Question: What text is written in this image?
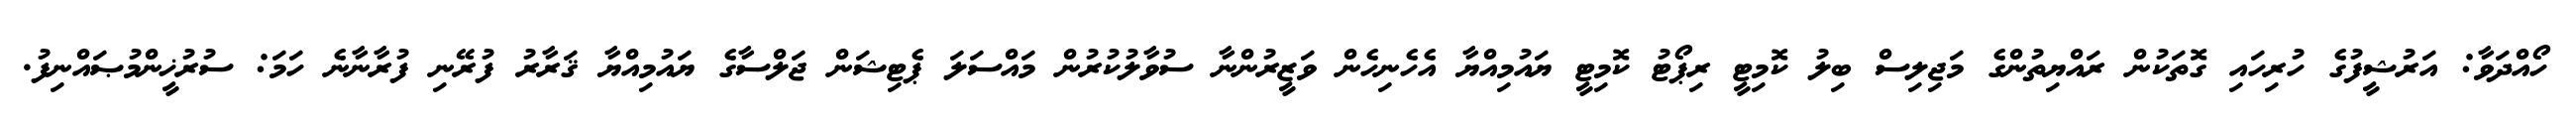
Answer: ހޯއްދަވާ: އަރުޝީފުގެ ހުރިހައި ގޮތަކުން ރައްޔިތުންގެ މަޖިލިސް ބިލު ކޮމިޓީ ރިޕޯޓު ކޮމިޓީ ޔައުމިއްޔާ އެހެނިހެން ވަޒީރުންނާ ސުވާލުކުރުން މައްސަލަ ޕެޓިޝަން ޖަލްސާގެ ޔައުމިއްޔާ ޤަރާރު ފުރޭނި ފުރާނާނެ ހަމަ: ސުރުޚީންމުޞައްނިފު.